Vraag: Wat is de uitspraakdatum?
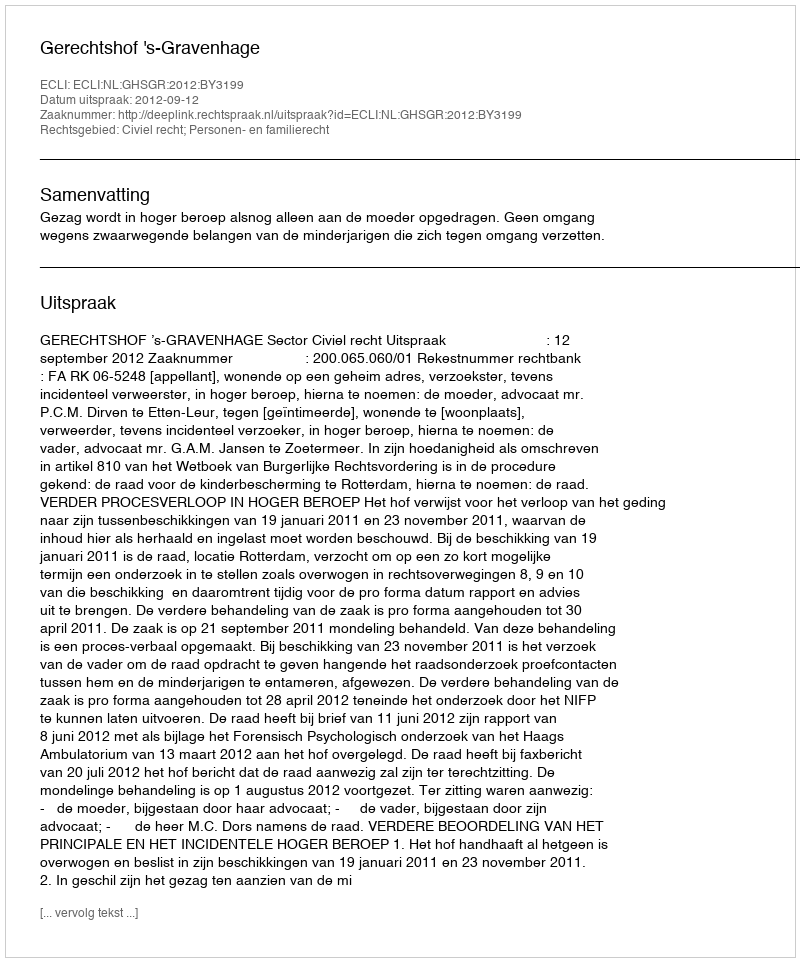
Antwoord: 2012-09-12